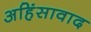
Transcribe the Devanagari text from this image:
अहिंसावाद